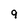
Character: 9